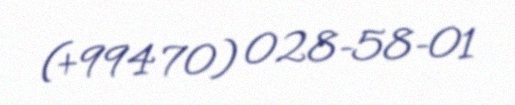
(+994 70) 028-58-01